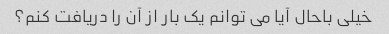
خیلی باحال آیا می توانم یک بار از آن را دریافت کنم؟